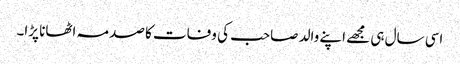
اسی سال ہی مجھے اپنے والد صاحب کی وفات کا صدمہ اٹھانا پڑا۔